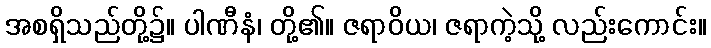
အစရှိသည်တို့၌။ ပါဏီနံ၊ တို့၏။ ဇရာဝိယ၊ ဇရာကဲ့သို့ လည်းကောင်း။